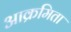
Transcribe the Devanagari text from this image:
आक्रमिता